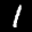
Label: 1